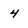
Character: 4